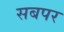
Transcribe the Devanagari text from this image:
सबपर